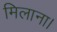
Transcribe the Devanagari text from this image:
मिलाना।